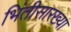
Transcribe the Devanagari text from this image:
भिंतीसारख्या